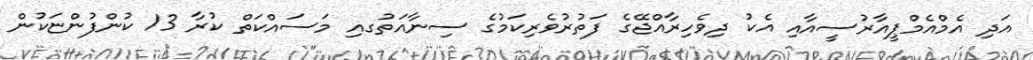
އަދި އެމްއެމްޕީއާރުސީއާއި އެކު ދިވެހިރާއްޖޭގެ ފަތުރުވެރިކަމުގެ ސިނާއަތުގއި މަސައްކަތް ކުރާ 13 ކުންފުންޏަކުން